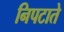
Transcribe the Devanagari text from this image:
निपटाते